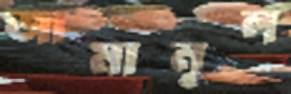
জামানুল